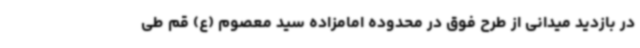
در بازدید میدانی از طرح فوق در محدوده امامزاده سید معصوم (ع) قم طی